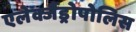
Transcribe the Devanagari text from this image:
एलेक्जैंड्रोपोलिस